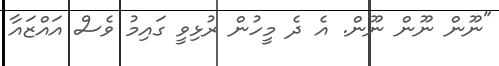
"ނޫން ނޫން ނޫން. އެ ދެ މީހުން ރުޅިވީ ގައިމު ވެސް އައްޒައާ